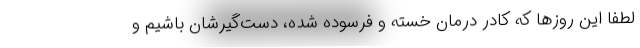
لطفا این روزها که کادر درمان خسته و فرسوده شده، دست‌گیرشان باشیم و